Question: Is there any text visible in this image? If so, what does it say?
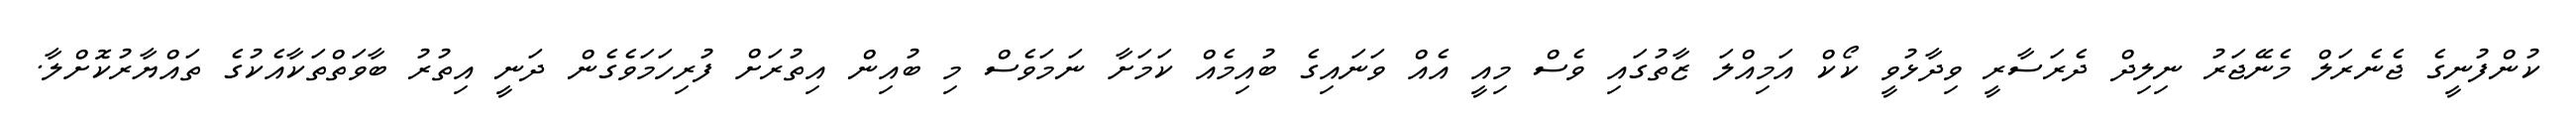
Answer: ކުންފުނީގެ ޖެނެރަލް މެނޭޖަރު ނިލިދް ދެރަސާރީ ވިދާޅުވީ ކޯކް އަމިއްލަ ޒާތުގައި ވެސް މިއީ އެއް ވަނައިގެ ބުއިމެއް ކަމަށާ ނަމަވެސް މި ބުއިން އިތުރަށް ފުރިހަމަވެގެން ދަނީ އިތުރު ބާވަތްތަކާއެކުގެ ތައްޔާރުކޮށްލާ.